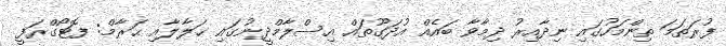
ފުރަތަމަ ތިންމަހުގައި ނިދާއިރު ދިމާވާ ބައެއް އުދަގޫތައް އިސްލާމްދީނުގައި ޙަލާލާއި ޙަރާމް: ފޮޓޯގްރަފީ